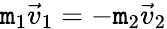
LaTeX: \mathtt{m}_{1}\vec{{v}}_{1}=-\mathtt{m}_{2}\vec{{v}}_{2}